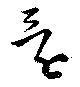
還